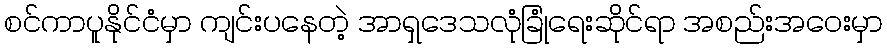
စင်ကာပူနိုင်ငံမှာ ကျင်းပနေတဲ့ အာရှဒေသလုံခြုံရေးဆိုင်ရာ အစည်းအဝေးမှာ